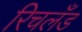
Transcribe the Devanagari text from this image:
रिचलँड